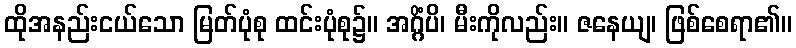
ထိုအနည်းငယ်သော မြတ်ပုံစု ထင်းပုံစု၌။ အဂ္ဂိံပိ၊ မီးကိုလည်း။ ဇနေယျ၊ ဖြစ်စေရာ၏။